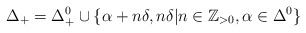
\begin{align*}\Delta_+ = \Delta_+^0 \cup \{ \alpha+n\delta, n\delta | n\in \mathbb Z_{>0}, \alpha \in \Delta^0\}\end{align*}